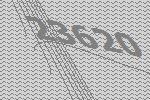
23620